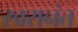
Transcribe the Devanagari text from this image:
स्वरानंत